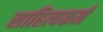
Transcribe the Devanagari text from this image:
साहित्यकर्म